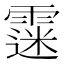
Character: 𩄲